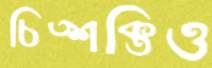
চিত্শক্তিও